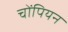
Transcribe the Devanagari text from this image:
चोंपियन